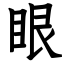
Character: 眼